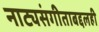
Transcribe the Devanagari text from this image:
नाट्यसंगीताबद्दलही